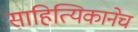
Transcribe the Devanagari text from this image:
साहित्यिकानेच